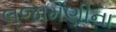
લજામણીના